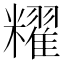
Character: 䊮